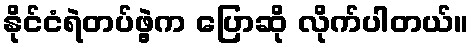
နိုင်ငံရဲတပ်ဖွဲ့က ပြောဆို လိုက်ပါတယ်။